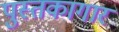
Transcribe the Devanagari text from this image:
पुस्तकागार